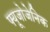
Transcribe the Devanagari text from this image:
फ्यूजोजेनिक